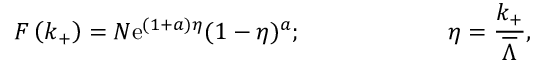
F \left( k _ { + } \right) = N \mathrm { { e } } ^ { ( 1 + a ) \eta } ( 1 - \eta ) ^ { a } ; \qquad \qquad \qquad \eta = \frac { k _ { + } } { \overline { { { \Lambda } } } } ,